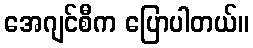
အေဂျင်စီက ပြောပါတယ်။